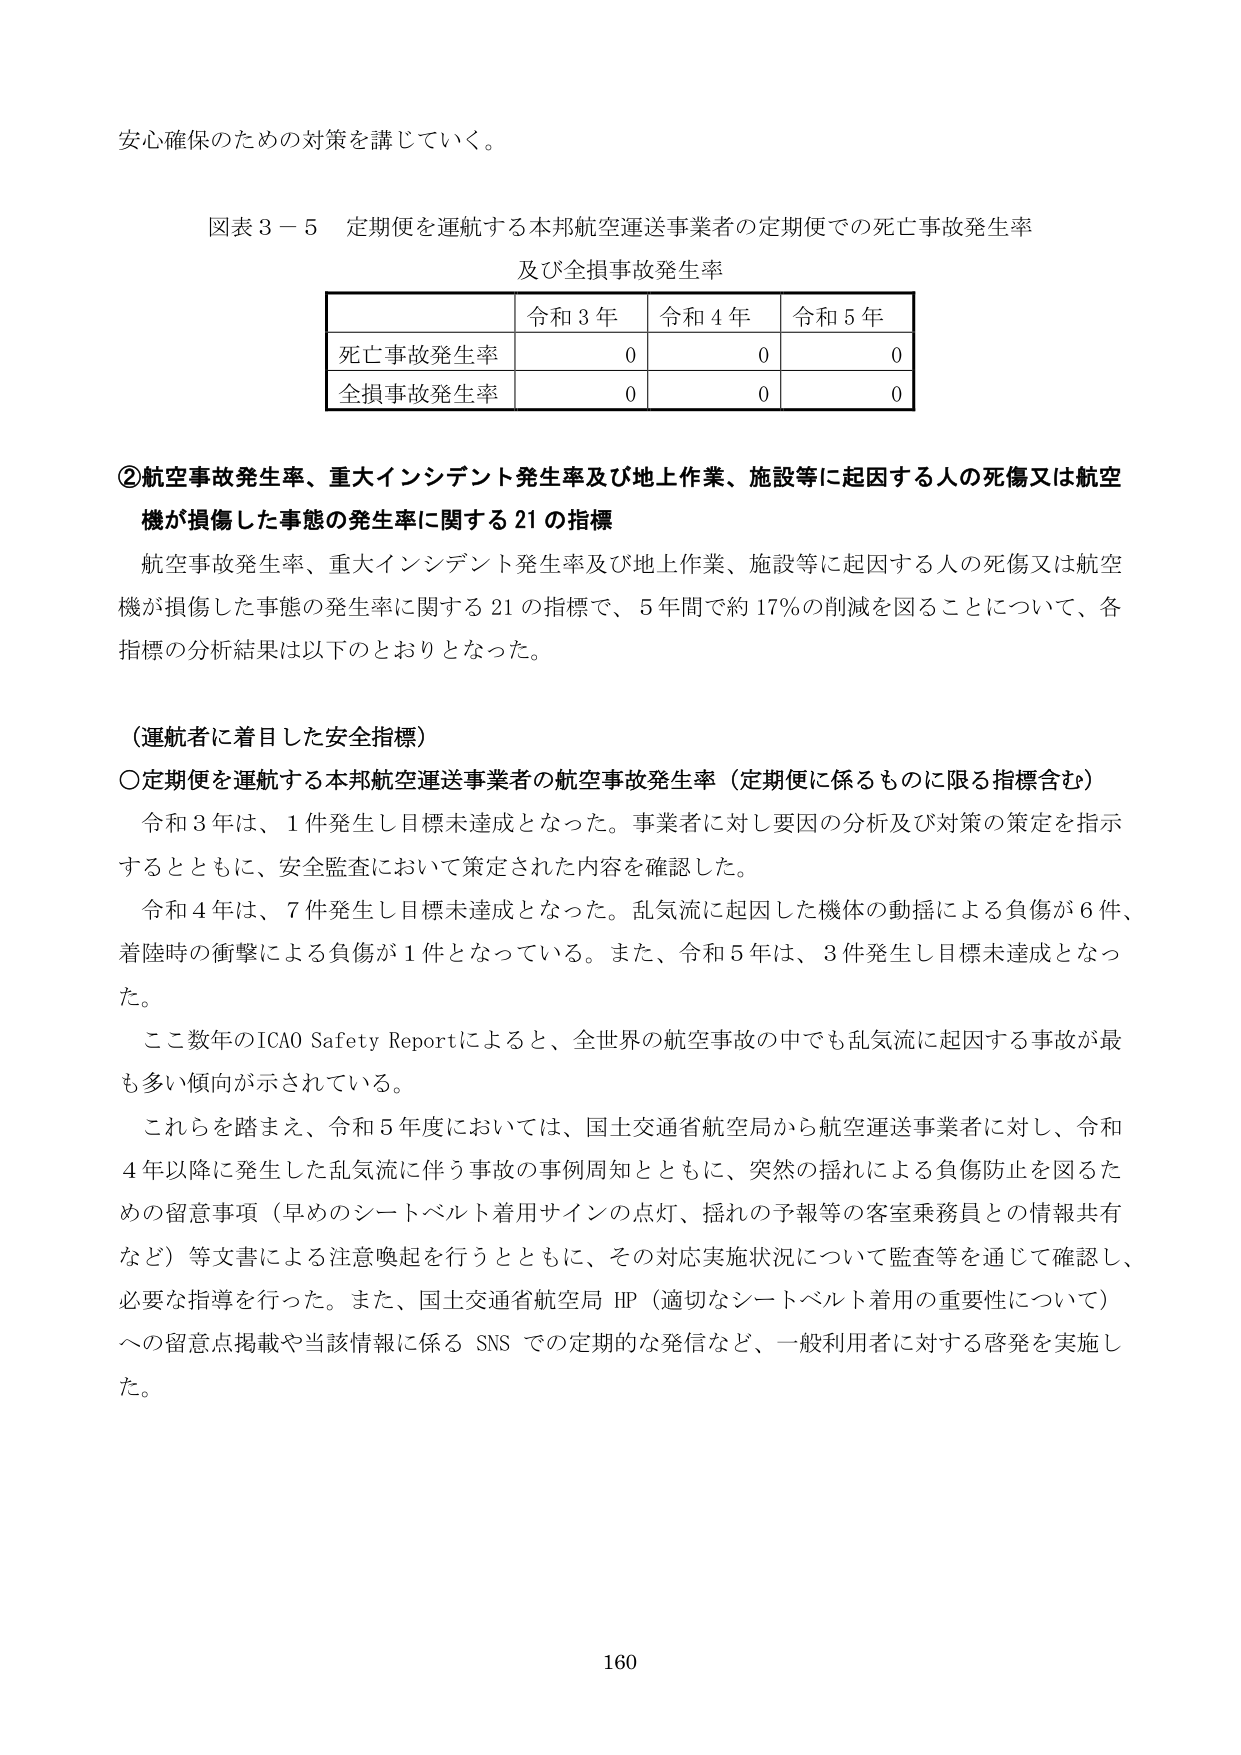
安心確保のための対策を講じていく。

図表３－５　定期便を運航する本邦航空運送事業者の定期便での死亡事故発生率
及び全損事故発生率

| | 令和３年 | 令和４年 | 令和５年 |
|---|---|---|---|
| 死亡事故発生率 | 0 | 0 | 0 |
| 全損事故発生率 | 0 | 0 | 0 |

②航空事故発生率、重大インシデント発生率及び地上作業、施設等に起因する人の死傷又は航空
機が損傷した事態の発生率に関する21の指標

航空事故発生率、重大インシデント発生率及び地上作業、施設等に起因する人の死傷又は航空
機が損傷した事態の発生率に関する21の指標で、5年間で約17％の削減を図ることについて、各
指標の分析結果は以下のとおりとなった。

（運航者に着目した安全指標）

〇定期便を運航する本邦航空運送事業者の航空事故発生率（定期便に係るものに限る指標含む）

令和３年は、1件発生し目標未達成となった。事業者に対し要因の分析及び対策の策定を指示
するとともに、安全監査において策定された内容を確認した。

令和４年は、7件発生し目標未達成となった。乱気流に起因した機体の動揺による負傷が6件、
着陸時の衝撃による負傷が1件となっている。また、令和５年は、3件発生し目標未達成となっ
た。

ここ数年のICAO Safety Reportによると、全世界の航空事故の中でも乱気流に起因する事故が最
も多い傾向が示されている。

これらを踏まえ、令和５年度においては、国土交通省航空局から航空運送事業者に対し、令和
４年以降に発生した乱気流に伴う事故の事例周知とともに、突然の揺れによる負傷防止を図るた
めの留意事項（早めのシートベルト着用サインの点灯、揺れの予報等の客室乗務員との情報共有
など）等文書による注意喚起を行うとともに、その対応実施状況について監査等を通じて確認し、
必要な指導を行った。また、国土交通省航空局 HP（適切なシートベルト着用の重要性について）
への留意点掲載や当該情報に係る SNS での定期的な発信など、一般利用者に対する啓発を実施し
た。

160